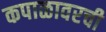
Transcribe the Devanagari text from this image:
कपाळावरची